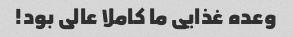
وعده غذایی ما کاملا عالی بود!